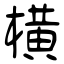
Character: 横